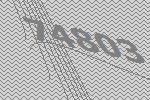
74803